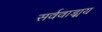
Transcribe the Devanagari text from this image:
सर्ववाड्मय